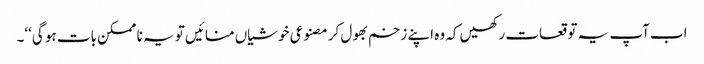
اب آپ یہ توقعات رکھیں کہ وہ اپنے زخم بھول کر مصنوعی خوشیاں منائیں تو یہ نا ممکن بات ہو گی‘‘۔